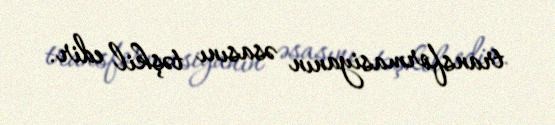
transformasiyanın əsasını təşkil edir.